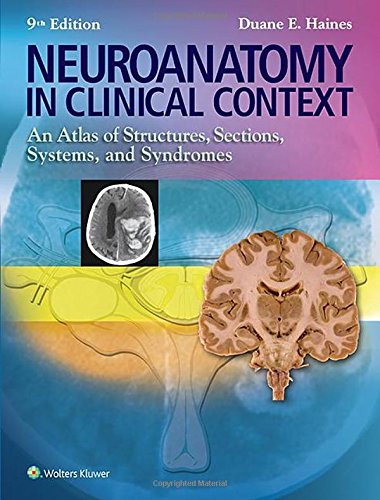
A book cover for Neuroanatomy in Clinical Context: An Atlas of Structures, Sections, Systems, and Syndromes (Neuroanatomy: An Atlas of Strutures, Sections, and Systems (); Duane E. Haines PhD; Medical Books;